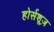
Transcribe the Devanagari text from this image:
होर्सशूज़